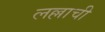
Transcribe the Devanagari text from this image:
लल्लाची